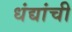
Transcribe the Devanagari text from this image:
धंद्यांची